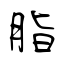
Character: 脂